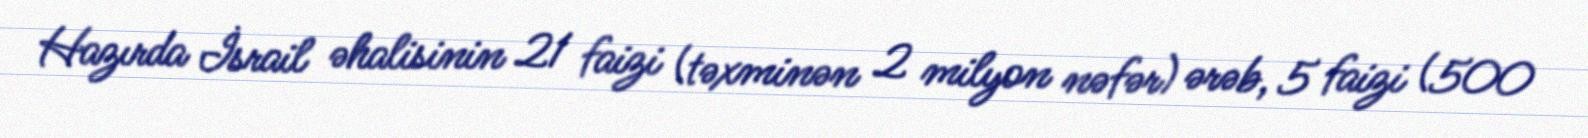
Hazırda İsrail əhalisinin 21 faizi (təxminən 2 milyon nəfər) ərəb, 5 faizi (500